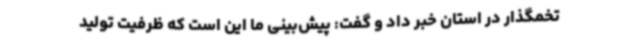
تخمگذار در استان خبر داد و گفت: پیش‌بینی ما این است که ظرفیت تولید